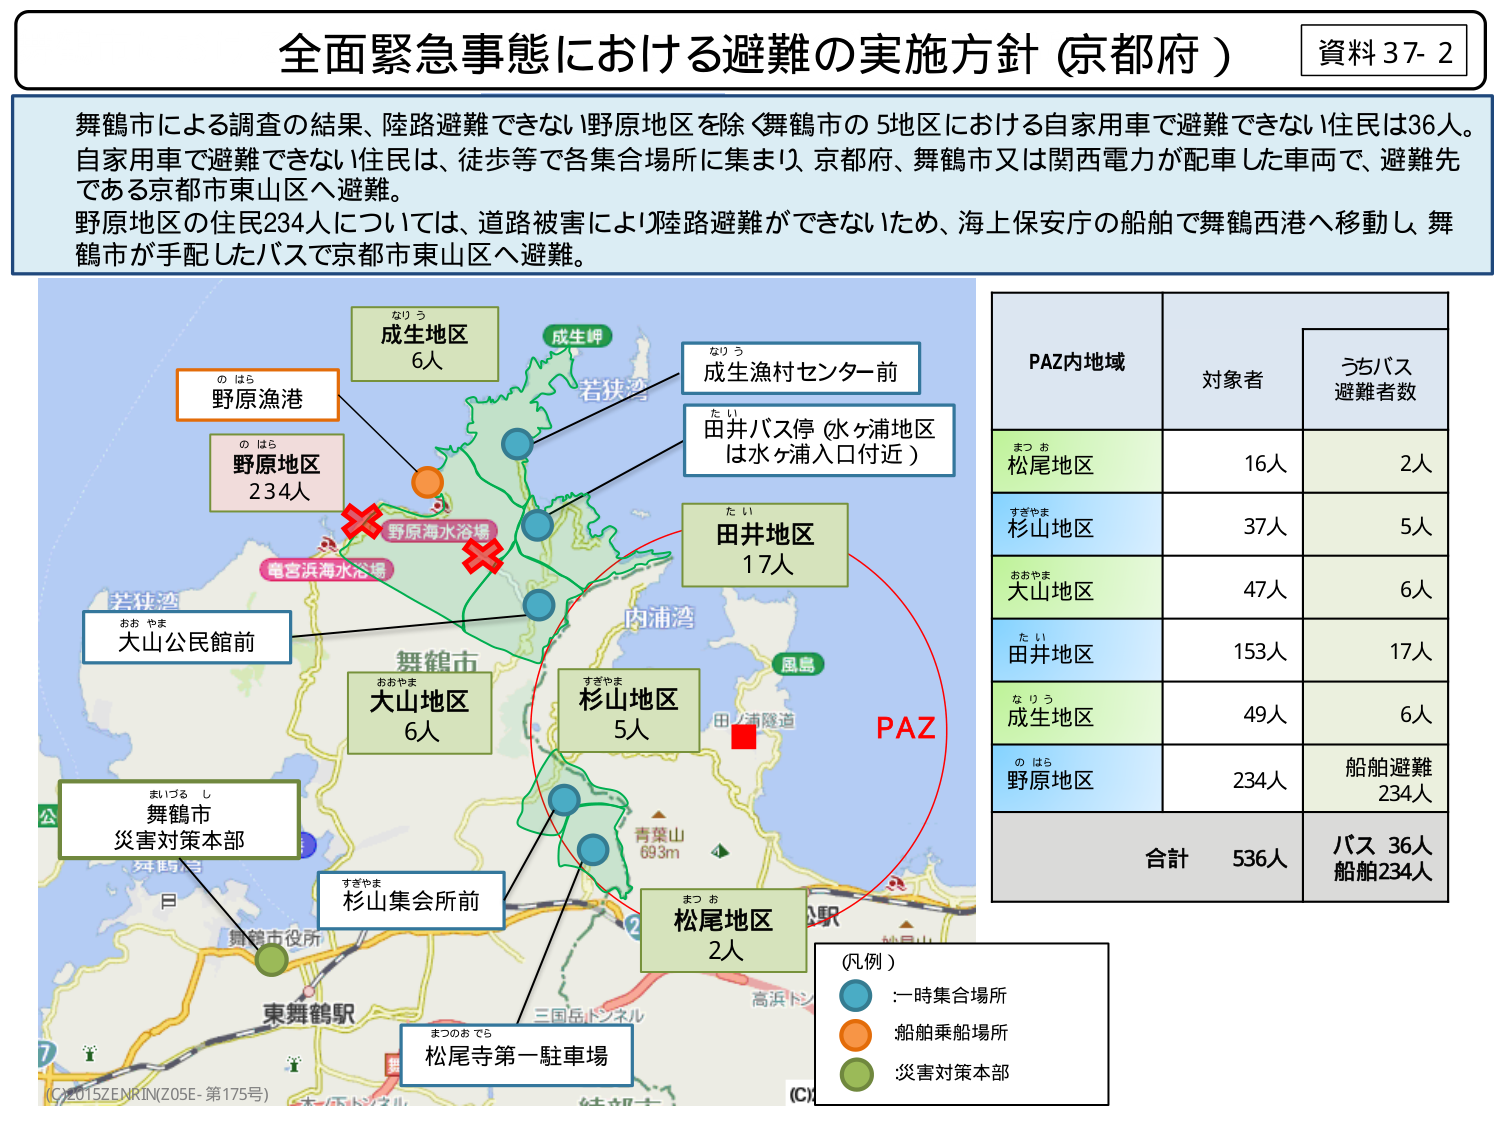
全面緊急事態における避難の実施方針（京都府）

資料37-2

舞鶴市による調査の結果、陸路避難できない野原地区を除く舞鶴市の5地区における自家用車で避難できない住民は36人。自家用車で避難できない住民は、徒歩等で各集合場所に集まり、京都府、舞鶴市又は関西電力が配車した車両で、避難先である京都市東山区へ避難。

野原地区の住民234人については、道路被害により陸路避難ができないため、海上保安庁の船舶で舞鶴西港へ移動し、舞鶴市が手配したバスで京都市東山区へ避難。

なりう
成生地区
6人

の はら
野原漁港

の はら
野原地区
234人

お やま
大山公民館前

まいづる し
舞鶴市
災害対策本部

すぎやま
杉山集会所前

まつのお でら
松尾寺第一駐車場

成生岬

なりう
成生漁村センター前

たい
田井バス停（水ヶ浦地区は水ヶ浦入口付近）

たい
田井地区
17人

すぎやま
杉山地区
5人

おやま
大山地区
6人

まつお
松尾地区
2人

PAZ

田ノ浦隧道

青葉山
693m

若狭湾

内浦湾

風島

舞鶴市

鴨宮浜海水浴場

野原海水浴場

東舞鶴駅

三国岳トンネル

高浜トンネル

公

（凡例）
：一時集合場所
：船舶乗船場所
：災害対策本部

PAZ内地域　　対象者　　うちバス避難者数

まつお
松尾地区　　　16人　　　2人

すぎやま
杉山地区　　　37人　　　5人

おやま
大山地区　　　47人　　　6人

たい
田井地区　　　153人　　　17人

なりう
成生地区　　　49人　　　6人

の はら
野原地区　　　234人　　　船舶避難 234人

合計　　　536人　　　バス 36人 船舶234人

(C)2015ZENRIN(Z05E-第175号)